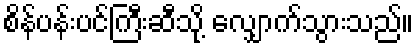
စိန်ပန်းပင်ကြီးဆီသို့ လျှောက်သွားသည်။